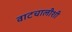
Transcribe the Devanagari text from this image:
वाटचालीशी